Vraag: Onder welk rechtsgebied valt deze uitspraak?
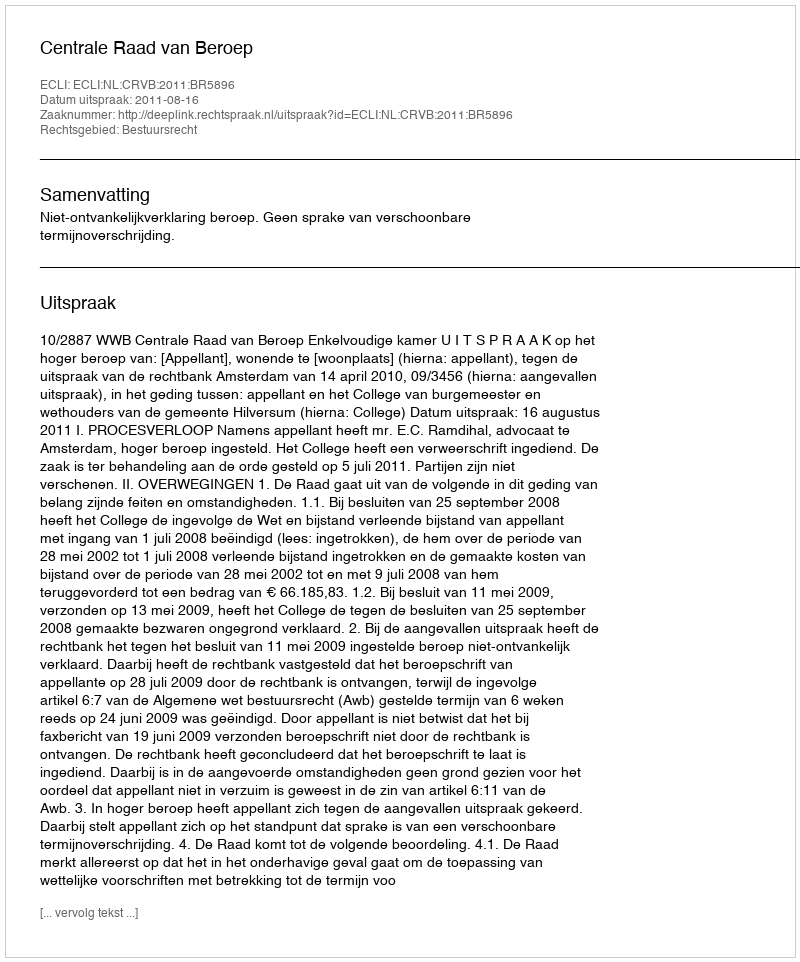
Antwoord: Bestuursrecht